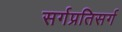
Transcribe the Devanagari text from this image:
सर्गप्रतिसर्ग